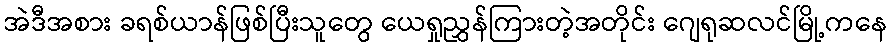
အဲဒီအစား ခရစ်ယာန်ဖြစ်ပြီးသူတွေ ယေရှုညွှန်ကြားတဲ့အတိုင်း ဂျေရုဆလင်မြို့ကနေ